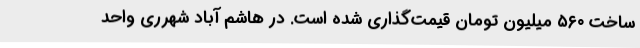
ساخت ۵۶۰ میلیون تومان قیمت‌گذاری شده است. در هاشم آباد شهرری واحد